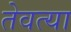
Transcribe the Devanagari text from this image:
तेवत्या